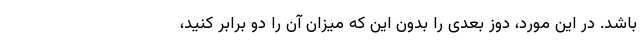
باشد. در این مورد، دوز بعدی را بدون این که میزان آن را دو برابر کنید،